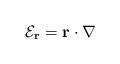
LaTeX: \begin{align*}{\mathcal E}_{\bf r}={\bf r} \cdot {\bf \nabla} \; \end{align*}